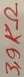
Text: 3,9KΩ